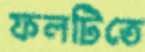
ফলটিতে